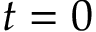
t = 0